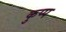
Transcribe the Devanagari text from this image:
कुप्प